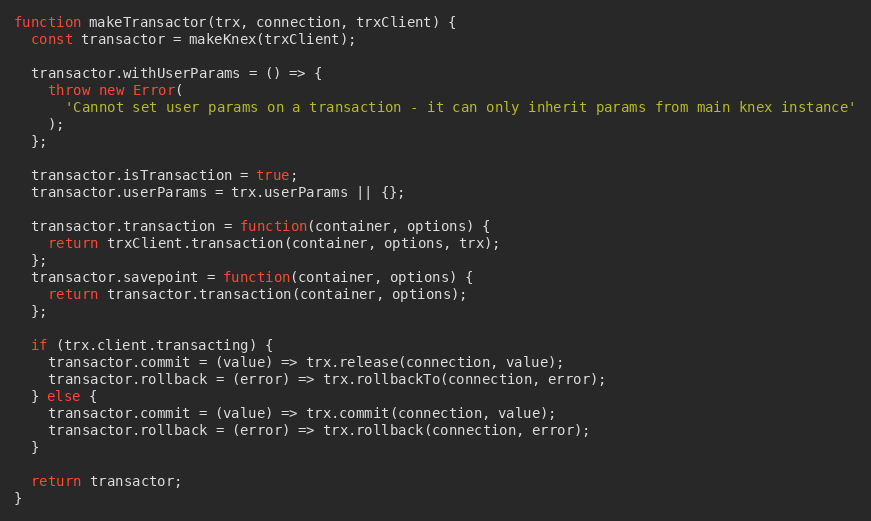
Language: JavaScript
function makeTransactor(trx, connection, trxClient) {
  const transactor = makeKnex(trxClient);

  transactor.withUserParams = () => {
    throw new Error(
      'Cannot set user params on a transaction - it can only inherit params from main knex instance'
    );
  };

  transactor.isTransaction = true;
  transactor.userParams = trx.userParams || {};

  transactor.transaction = function(container, options) {
    return trxClient.transaction(container, options, trx);
  };
  transactor.savepoint = function(container, options) {
    return transactor.transaction(container, options);
  };

  if (trx.client.transacting) {
    transactor.commit = (value) => trx.release(connection, value);
    transactor.rollback = (error) => trx.rollbackTo(connection, error);
  } else {
    transactor.commit = (value) => trx.commit(connection, value);
    transactor.rollback = (error) => trx.rollback(connection, error);
  }

  return transactor;
}